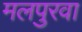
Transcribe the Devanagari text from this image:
मलपुरवा